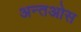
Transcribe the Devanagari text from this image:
अन्तओस